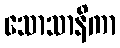
သောသာနိကာ